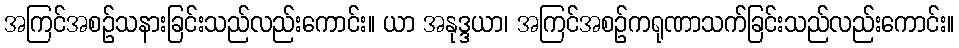
အကြင်အစဉ်သနားခြင်းသည်လည်းကောင်း။ ယာ အနုဒ္ဒယာ၊ အကြင်အစဉ်ကရုဏာသက်ခြင်းသည်လည်းကောင်း။